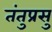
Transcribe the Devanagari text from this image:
तंतुप्रसु